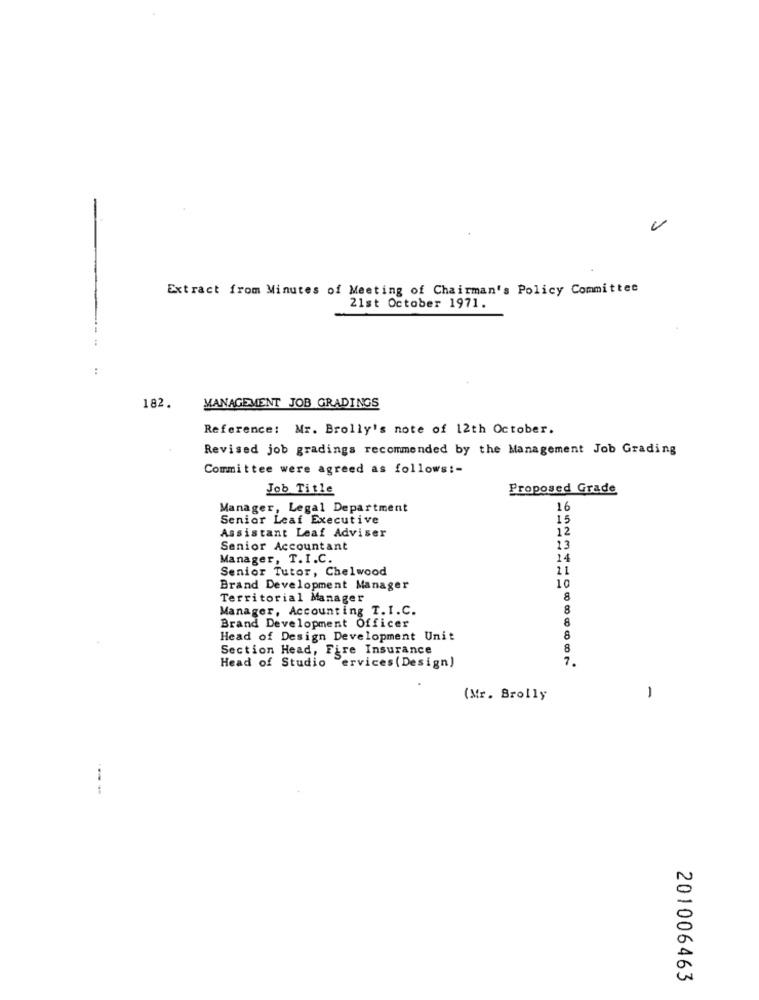
-
Extract from Minutes of Meeting of Chairman's Policy Committee
21st October 1971.
..
182.
MANAGEMENT JOB GRADINGS
Reference: Mr. Brolly's note of 12th October.
Revised job gradings recommended by the Management Job Grading
Committee were agreed as follows :-
Job Title
Proposed Grade
Manager, Legal Department
16
Senior Leaf Executive
15
12
Assistant Leaf Adviser
Senior Accountant
13
Manager, T.I.C.
14
Senior Tutor, Chelwood
11
10
Brand Development Manager
Territorial Manager
8
Manager, Accounting T. I.C.
8
8
Brand Development Officer
Head of Design Development Unit
8
Section Head, Fire Insurance
8
Head of Studio "ervices ( Design)
(Mr. Brolly
-
---
201006463